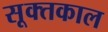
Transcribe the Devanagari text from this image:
सूक्तकाल